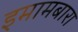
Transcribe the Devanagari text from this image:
इमामबारा